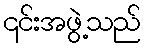
၎င်းအဖွဲ့သည်